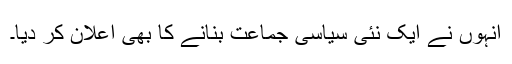
انہوں نے ایک نئی سیاسی جماعت بنانے کا بھی اعلان کر دیا۔